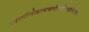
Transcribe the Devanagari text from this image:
आरगॉनोडायफ्लोरोमिथॅनियम